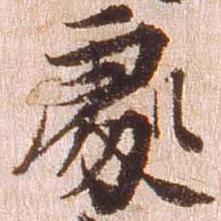
処